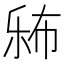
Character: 𱜨